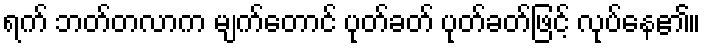
ရက် ဘတ်တလာက မျက်တောင် ပုတ်ခတ် ပုတ်ခတ်ဖြင့် လုပ်နေ၏။